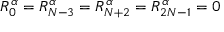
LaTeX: R _ { 0 } ^ { \alpha } = R _ { N - 3 } ^ { \alpha } = R _ { N + 2 } ^ { \alpha } = R _ { 2 N - 1 } ^ { \alpha } = 0